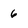
Character: 6